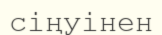
сіңуінен